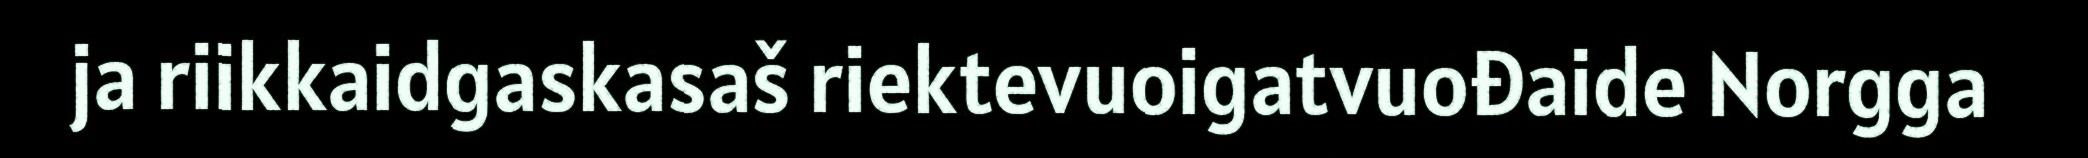
ja riikkaidgaskasaš riektevuoigatvuođaide Norgga